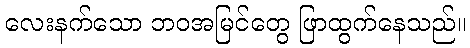
လေးနက်သော ဘဝအမြင်တွေ ဖြာထွက်နေသည်။